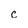
Character: c